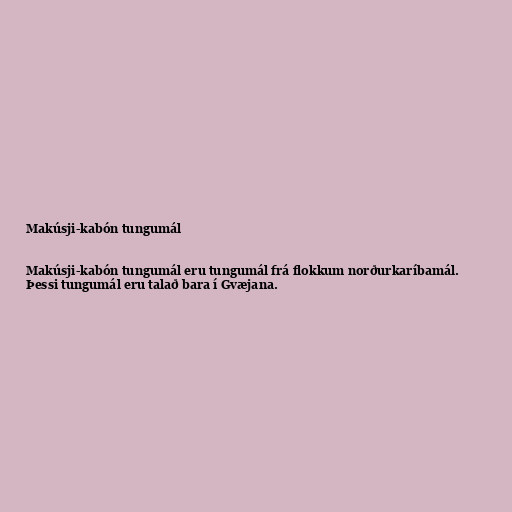
Makúsji-kabón tungumál

Makúsji-kabón tungumál eru tungumál frá flokkum norðurkaríbamál.
Þessi tungumál eru talað bara í Gvæjana.